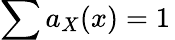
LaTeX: \sum a_{X}(x)=1\,